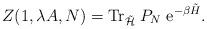
LaTeX: \begin{align*}Z (1, \lambda A, N) = {\rm Tr}_{\tilde{{\cal H}}}\; P_N \;{\rm e}^{- \beta\tilde{H}}.\end{align*}